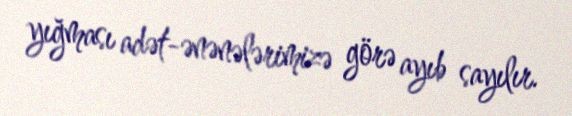
yığması adət-ənənələrimizə görə ayıb sayılır.